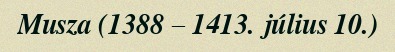
Musza (1388 – 1413. július 10.)